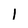
Character: l